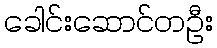
ခေါင်းဆောင်တဦး